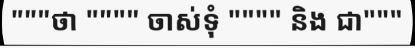
"""ថា """" ចាស់ទុំ """" និង ជា"""